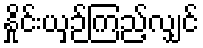
နှိုင်းယှဉ်ကြည့်လျှင်